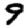
Digit: 9